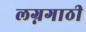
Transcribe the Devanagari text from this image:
लग्नगाठी